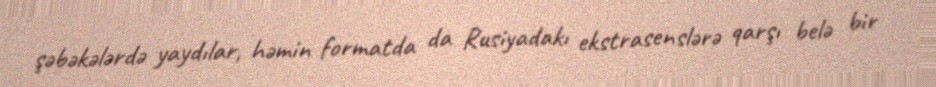
şəbəkələrdə yaydılar, həmin formatda da Rusiyadakı ekstrasenslərə qarşı belə bir